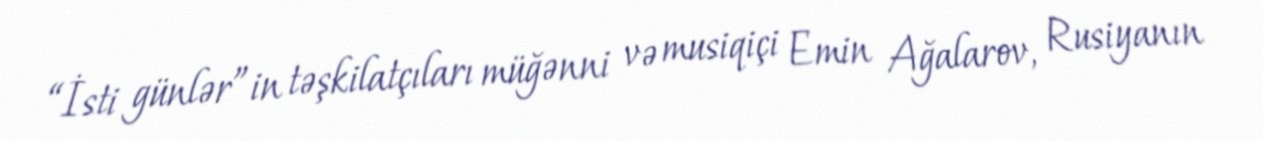
“İsti günlər”in təşkilatçıları müğənni və musiqiçi Emin Ağalarov, Rusiyanın